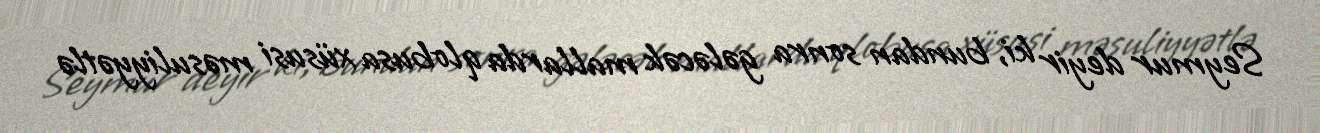
Seymur deyir ki, bundan sonra gələcək mallarda qlobusa xüsusi məsuliyyətlə